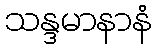
သန္ဒမာနာနံ